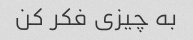
به چیزی فکر کن